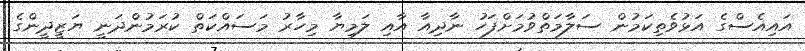
އައިއެސްގެ އަޅުވެތިކަމުން ސަލާމަތްވުމަށްފަހު ނާދިއާ އާއި ލަމިޔާ މިހާރު މަސައްކަތް ކުރަމުންދަނީ ޔަޒީދީންގެ